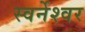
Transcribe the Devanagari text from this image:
स्वर्नेश्वर